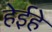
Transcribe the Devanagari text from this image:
हेईहे